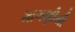
માગણીથી